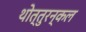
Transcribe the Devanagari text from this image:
थोत्तुरन्कल